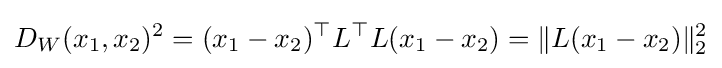
D_{W}(x_{1},x_{2})^{2}=(x_{1}-x_{2})^{\top }L^{\top }L(x_{1}-x_{2})=\|L(x_{1}-x_{2})\|_{2}^{2}